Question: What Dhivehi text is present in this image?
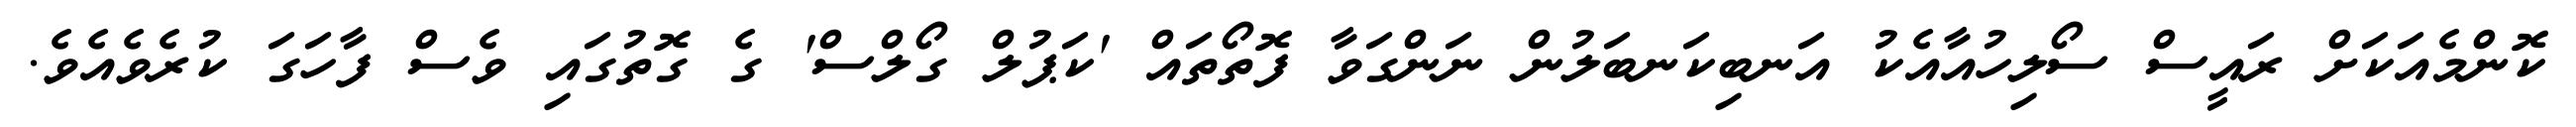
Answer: ކޮންމެއަކަށް ރައީސް ސޯލިހުއާއެކު އަނބިކަނބަލުން ނަންގަވާ ފޮތޯތައް 'ކަޕުލް ގޯލްސް' ގެ ގޮތުގައި ވެސް ފާހަގަ ކުރެވެއެވެ.